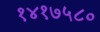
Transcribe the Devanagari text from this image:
१४१७५८०